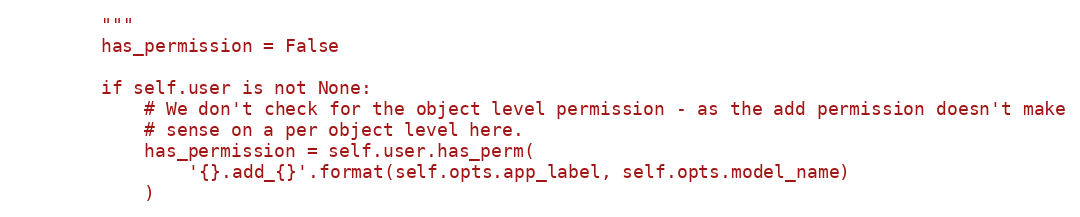
Language: Python
        """
        has_permission = False

        if self.user is not None:
            # We don't check for the object level permission - as the add permission doesn't make
            # sense on a per object level here.
            has_permission = self.user.has_perm(
                '{}.add_{}'.format(self.opts.app_label, self.opts.model_name)
            )